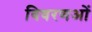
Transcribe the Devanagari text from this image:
विवरणओं